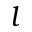
l